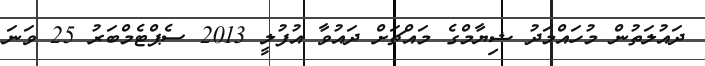
ދައުލަތުން މުހައްމަދު ޝިޔާމްގެ މައްޗަށް ދައުވާ އުފުލީ 2013 ސެޕްޓެމްބަރު 25 ވަނަ